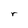
Character: r